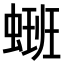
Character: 𫋑